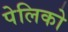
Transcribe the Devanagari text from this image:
पेलिको